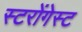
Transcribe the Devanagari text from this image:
स्टरोंगेस्ट